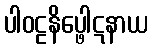
ပါဝဠနိပ္ဖေါဋနာယ